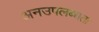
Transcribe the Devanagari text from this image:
अनउपलब्धता